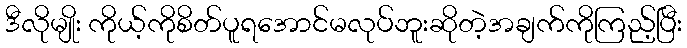
ဒီလိုမျိုး ကိုယ့်ကိုစိတ်ပူရအောင်မလုပ်ဘူးဆိုတဲ့အချက်ကိုကြည့်ပြီး